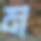
ম